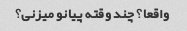
واقعا؟ چند وقته پیانو میزنی؟